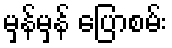
မှန်မှန် ပြောစမ်း